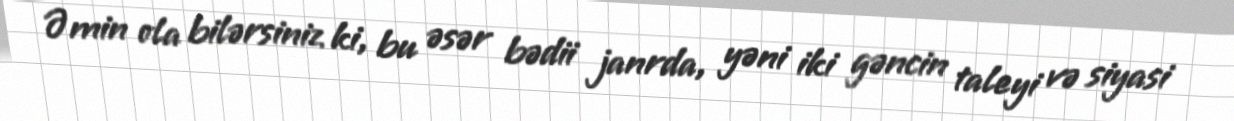
Əmin ola bilərsiniz ki, bu əsər bədii janrda, yəni iki gəncin taleyi və siyasi